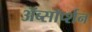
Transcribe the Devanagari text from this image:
ॲब्सॉर्प्शन